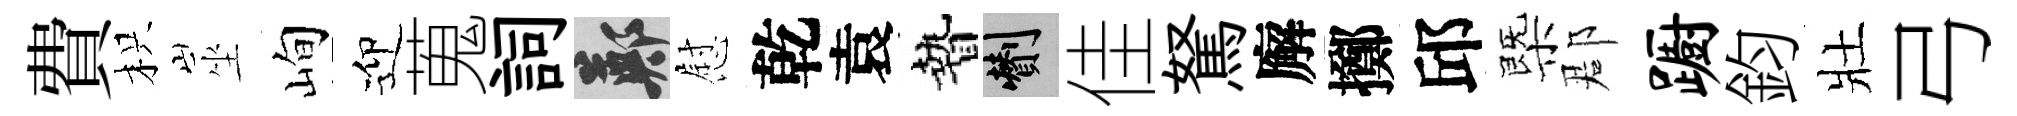
費枳坐峋迎蒐詞鄭慰乾袁贄剪佳駑廨擲邱㮣郡蹰鈞壯弓